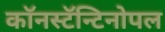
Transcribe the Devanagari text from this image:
काॅनस्टॅन्टिनोपल